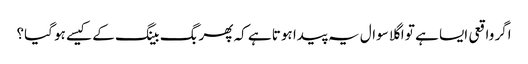
اگر واقعی ایسا ہے تو اگلا سوال یہ پیدا ہوتا ہے کہ پھر بگ بینگ کے کیسے ہو گیا؟